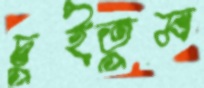
চুইতুম